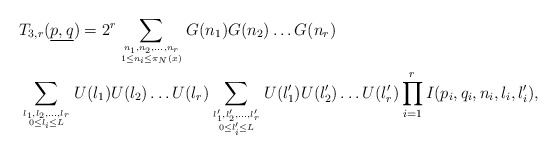
\begin{align*}&T_{3,r}(\underline{p,q}) = 2^r \sum_{n_1,n_2,\dots, n_r \atop {1 \leq n_i \leq \pi_N(x)}}G(n_1)G(n_2)\dots G(n_r) \\&\sum_{l_1,l_2,\dots, l_r \atop {0 \leq l_i \leq L}}U(l_1)U(l_2)\dots U(l_r) \sum_{l_1',l_2',\dots, l_r' \atop {0 \leq l_i' \leq L}}U(l_1')U(l_2')\dots U(l_r') \prod_{i=1}^r I(p_i,q_i,n_i,l_i,l_i'),\end{align*}